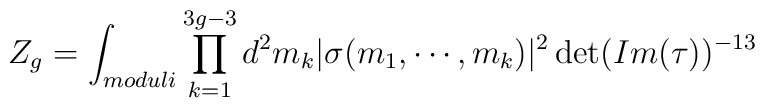
Z_g=\int_{moduli}\prod_{k=1}^{3g-3}d^2m_k | \sigma(m_1,    \cdots,m_k)|^2\det(Im(\tau))^{-13}